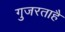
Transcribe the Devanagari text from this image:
गुजरताहै